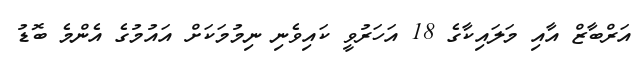
އަރްބާޒް އާއި މަލައިކާގެ 18 އަހަރުވީ ކައިވެނި ނިމުމަކަށް އައުމުގެ އެންމެ ބޮޑު